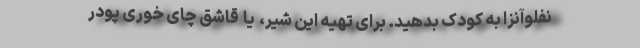
نفلوآنزا به کودک بدهید. برای تهیه این شیر،  یا  قاشق چای خوری پودر